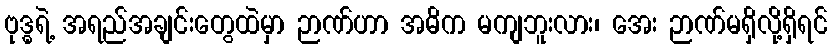
ဗုဒ္ဓရဲ့ အရည်အချင်းတွေထဲမှာ ဉာဏ်ဟာ အဓိက မကျဘူးလား၊ အေး ဉာဏ်မရှိလို့ရှိရင်